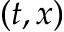
( t , x )